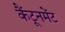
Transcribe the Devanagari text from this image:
कैंटूनमेंट